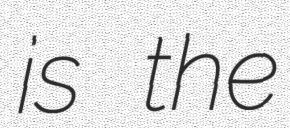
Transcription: is the